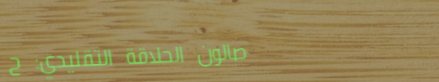
صالون الحلاقة التقليدي: ح